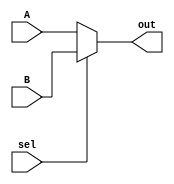
`timescale 1ns/1ns
module MUX2to1_13bit(A, B, sel, out);
	input [12:0] A, B;
	input sel;
	output [12:0] out;

	assign out = sel ? B : A;

endmodule

module MUX3to1_4bit(A, B, C, sel, out);
	input [3:0] A, B, C;
	input [1:0] sel;
	output [3:0] out;
	
	assign out = (sel == 2'b00) ? A : (sel == 2'b01) ? B : C;
	
endmodule